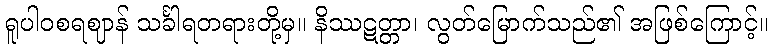
ရူပါဝစရဈာန် သင်္ခါရတရားတို့မှ။ နိဿဋတ္တာ၊ လွတ်မြောက်သည်၏ အဖြစ်ကြောင့်။